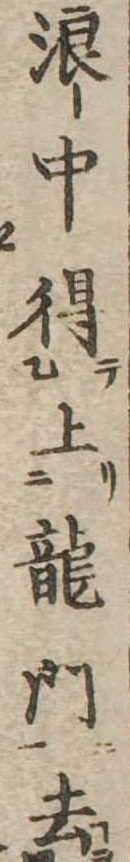
浪中得上竜門去